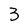
Character: 3